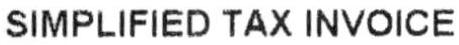
SIMPLIFIED TAX INVOICE